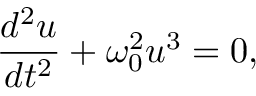
\frac { d ^ { 2 } u } { d t ^ { 2 } } + \omega _ { 0 } ^ { 2 } { u ^ { 3 } } = 0 ,